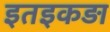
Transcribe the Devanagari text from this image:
इतइकड़ा